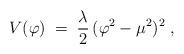
LaTeX: \begin{align*}V(\varphi) \;=\; \frac{\lambda}{2} \, (\varphi^2 - \mu^2)^2 \;,\end{align*}